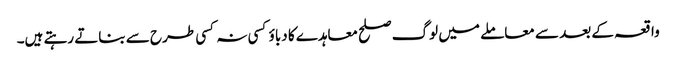
واقعہ کے بعد سے معاملے میں لوگ صلح معاہدے کا دباؤ کسی نہ کسی طرح سے بناتے رہتے ہیں۔